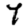
Digit: 7